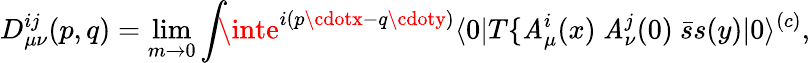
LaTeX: D_{\mu\nu}^{ij}(p,q)=\operatorname*{lim}_{m\to0}\int\! \! \! \inte^{i(p\cdotx-q\cdoty)}\langle0|T\{ \mathit{A}_{\mu}^{i}(x)\ \mathit{A}_{\nu}^{j}(0)\ \bar{{s}}s(y)|0\rangle^{(c)},